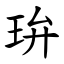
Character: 㺹